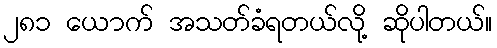
၂၈၁ ယောက် အသတ်ခံရတယ်လို့ ဆိုပါတယ်။